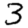
Digit: 3